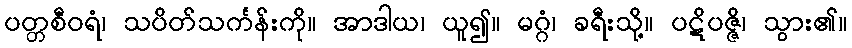
ပတ္တစီဝရံ၊ သပိတ်သင်္ကန်းကို။ အာဒါယ၊ ယူ၍။ မဂ္ဂံ၊ ခရီးသို့။ ပဋိပဇ္ဇိ၊ သွား၏။